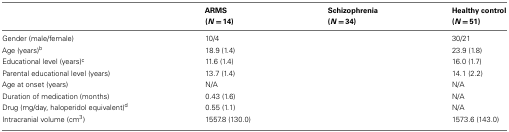
<table><thead><tr><td>[EMPTY_CELL]</td><td><b>ARMS (<i>N</i> = 14)</b></td><td><b>Schizophrenia (<i>N</i> = 34)</b></td><td><b>Healthy control (<i>N</i> = 51)</b></td></tr></thead><tbody><tr><td>Gender (male/female)</td><td>10/4</td><td>[EMPTY_CELL]</td><td>30/21</td></tr><tr><td>Age (years)<sup>b</sup></td><td>18.9 (1.4)</td><td>[EMPTY_CELL]</td><td>23.9 (1.8)</td></tr><tr><td>Educational level (years)<sup>c</sup></td><td>11.6 (1.4)</td><td>[EMPTY_CELL]</td><td>16.0 (1.7)</td></tr><tr><td>Parental educational level (years)</td><td>13.7 (1.4)</td><td>[EMPTY_CELL]</td><td>14.1 (2.2)</td></tr><tr><td>Age at onset (years)</td><td>N/A</td><td>[EMPTY_CELL]</td><td>N/A</td></tr><tr><td>Duration of medication (months)</td><td>0.43 (1.6)</td><td>[EMPTY_CELL]</td><td>N/A</td></tr><tr><td>Drug (mg/day, haloperidol equivalent)<sup>d</sup></td><td>0.55 (1.1)</td><td>[EMPTY_CELL]</td><td>N/A</td></tr><tr><td>Intracranial volume (cm<sup>3</sup>)</td><td>1557.8 (130.0)</td><td>[EMPTY_CELL]</td><td>1573.6 (143.0)</td></tr></tbody></table>